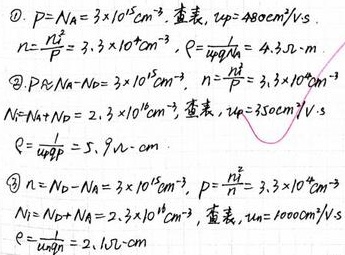
\textcircled{1} \(P = N_A=3\times10^{15}\text{cm}^{-3}\)，查表，\(\mu_p = 480\text{cm}^{2}/\text{V}\cdot\text{s}\)。\(n=\frac{n_i^{2}}{P}=3.3\times10^{4}\text{cm}^{-3}\)，\(\rho=\frac{1}{q\mu_pN_A}=4.3\Omega\cdot\text{cm}\)
\textcircled{2} \(P = N_A - N_D=3\times10^{15}\text{cm}^{-3}\)，\(n=\frac{n_i^{2}}{P}=3.3\times10^{4}\text{cm}^{-3}\)
\(N = N_D+N_A = 2.3\times10^{16}\text{cm}^{-3}\)，查表，\(\mu_p = 350\text{cm}^{2}/\text{V}\cdot\text{s}\)
\(\rho=\frac{1}{q\mu_pP}=5.9\Omega\cdot\text{cm}\)
\textcircled{3} \(n = N_D - N_A=3\times10^{16}\text{cm}^{-3}\)，\(P=\frac{n_i^{2}}{n}=3.3\times10^{4}\text{cm}^{-3}\)
\(N = N_D+N_A = 2.3\times10^{16}\text{cm}^{-3}\)，查表，\(\mu_n = 1000\text{cm}^{2}/\text{V}\cdot\text{s}\)
\(\rho=\frac{1}{q\mu_nn}=2.1\Omega\cdot\text{cm}\)